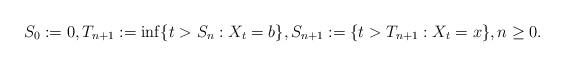
LaTeX: \begin{align*}S_0:=0,T_{n+1}:=\inf\{t>S_n:X_t=b\},S_{n+1}:=\{t>T_{n+1}: X_t=x\},n\geq 0. \end{align*}